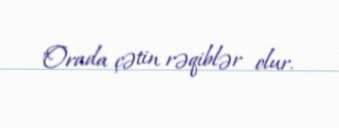
"Orada çətin rəqiblər olur.